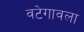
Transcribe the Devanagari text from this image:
वटेगावला